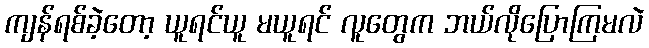
ကျန်ရစ်ခဲ့တော့ ယူရင်ယူ မယူရင် လူတွေက ဘယ်လိုပြောကြမလဲ